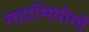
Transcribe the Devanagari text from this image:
महाभियोगों